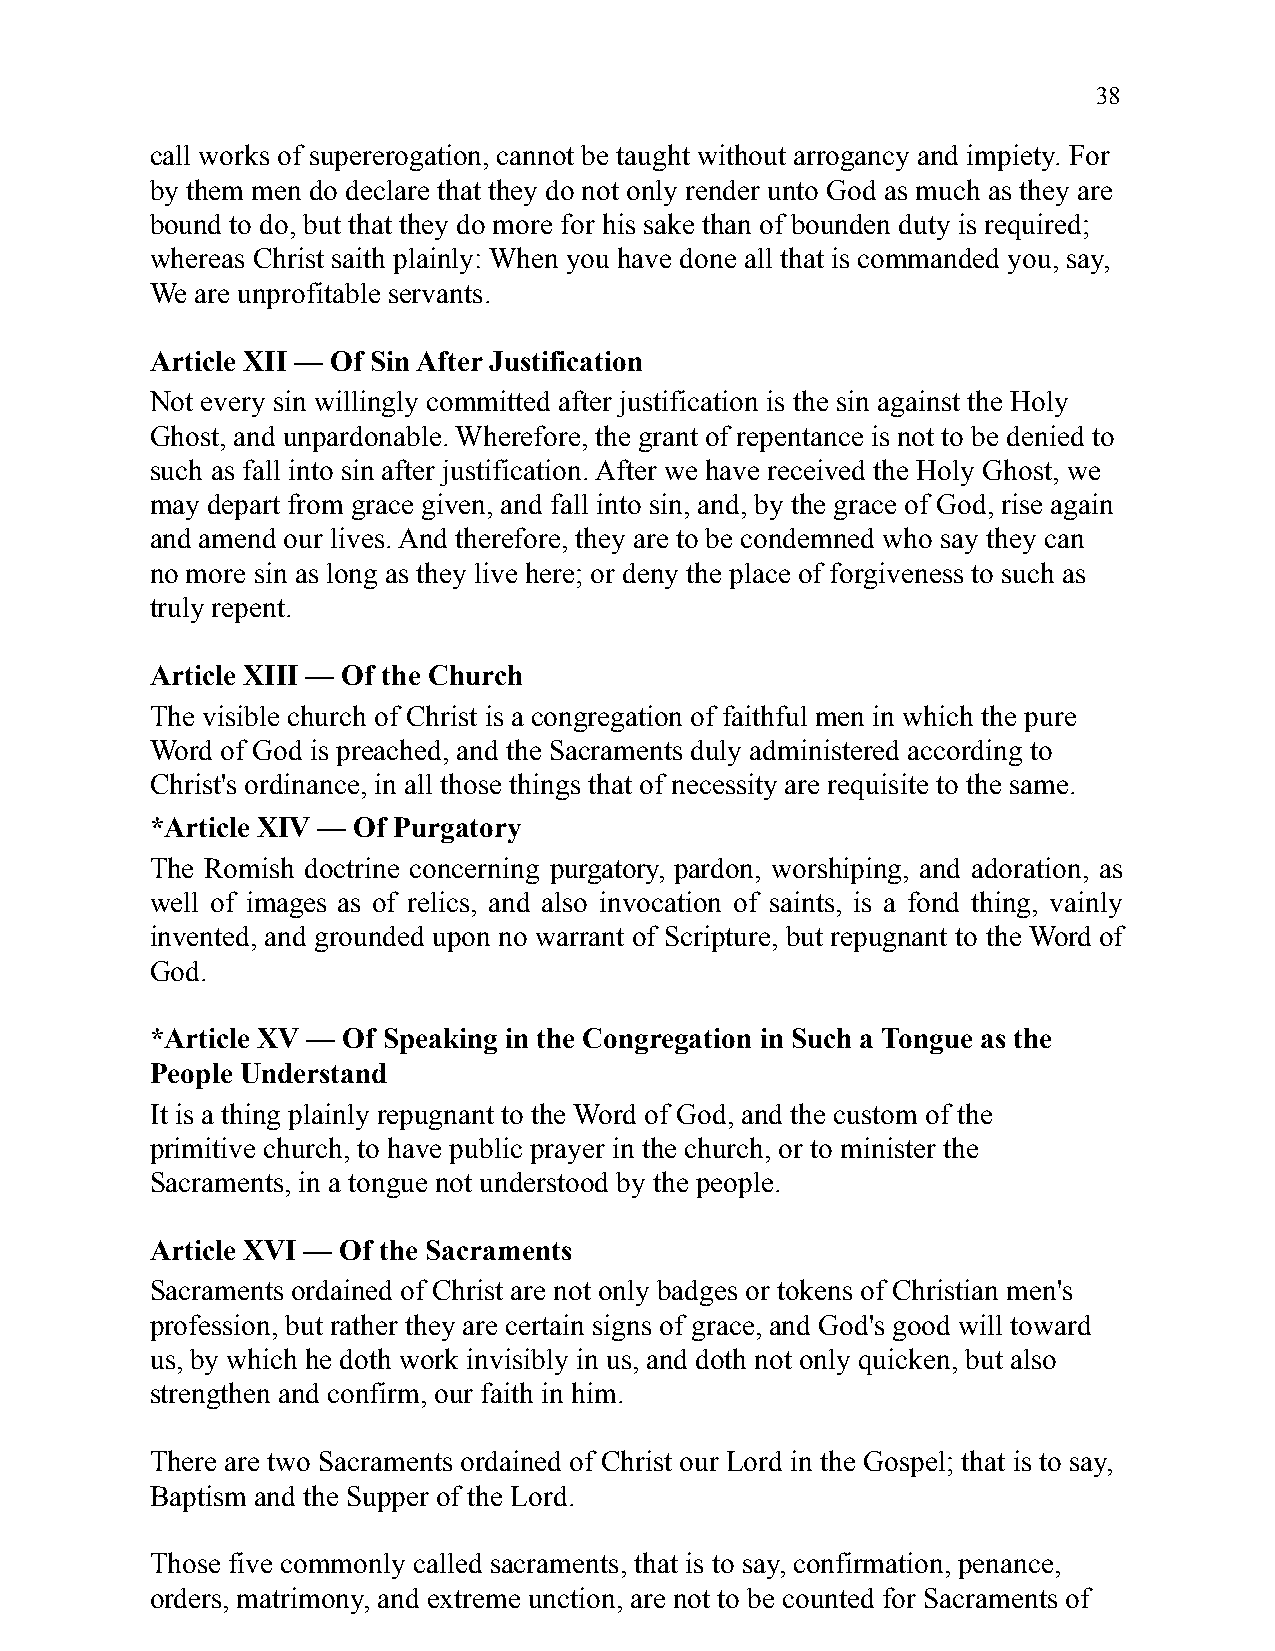
38
 call works of supererogation, cannot be taught without arrogancy and impiety. For
 by them men do declare that they do not only render unto God as much as they are
 bound to do, but that they do more for his sake than of bounden duty is required;
 whereas Christ saith plainly: When you have done all that is commanded you, say,
 We are unprofitable servants.
 Article XII — Of Sin After Justification
 Not every sin willingly committed after justification is the sin against the Holy
 Ghost, and unpardonable. Wherefore, the grant of repentance is not to be denied to
 such as fall into sin after justification. After we have received the Holy Ghost, we
 may depart from grace given, and fall into sin, and, by the grace of God, rise again
 and amend our lives. And therefore, they are to be condemned who say they can
 no more sin as long as they live here; or deny the place of forgiveness to such as
 truly repent.
 Article XIII — Of the Church
 The visible church of Christ is a congregation of faithful men in which the pure
 Word of God is preached, and the Sacraments duly administered according to
 Christ's ordinance, in all those things that of necessity are requisite to the same.
 *Article XIV — Of Purgatory
 The Romish doctrine concerning purgatory, pardon, worshiping, and adoration, as
 well of images as of relics, and also invocation of saints, is a fond thing, vainly
 invented, and grounded upon no warrant of Scripture, but repugnant to the Word of
 God.
 *Article XV — Of Speaking in the Congregation in Such a Tongue as the
 People Understand
 It is a thing plainly repugnant to the Word of God, and the custom of the
 primitive church, to have public prayer in the church, or to minister the
 Sacraments, in a tongue not understood by the people.
 Article XVI — Of the Sacraments
 Sacraments ordained of Christ are not only badges or tokens of Christian men's
 profession, but rather they are certain signs of grace, and God's good will toward
 us, by which he doth work invisibly in us, and doth not only quicken, but also
 strengthen and confirm, our faith in him.
 There are two Sacraments ordained of Christ our Lord in the Gospel; that is to say,
 Baptism and the Supper of the Lord.
 Those five commonly called sacraments, that is to say, confirmation, penance,
 orders, matrimony, and extreme unction, are not to be counted for Sacraments of